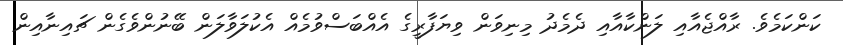
ކަންކަމެވެ. ރާއްޖެއާއި ލަންކާއާއި ދެމެދު މިނިވަން ވިޔަފާރީގެ އެއްބަސްވުމެއް އެކުލަވާލަން ބޭނުންވެގެން ޗައިނާއިން